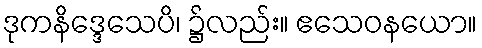
ဒုကနိဒ္ဒေသေပိ၊ ၌လည်း။ ဧသေဝနယော။